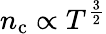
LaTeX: n_{\mathrm{c}}\propto T^{\frac{3}{2}}